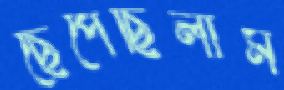
ছেপেছিলাম